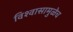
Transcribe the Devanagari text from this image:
विश्‍वासामुळेच